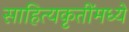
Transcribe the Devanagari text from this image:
साहित्यकृतींमध्ये